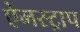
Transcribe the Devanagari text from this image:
ऐमस्ट्राप